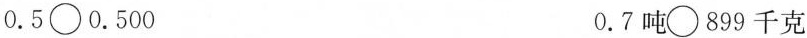
0.5\circ 0.500 0.7吨\circ 899千克